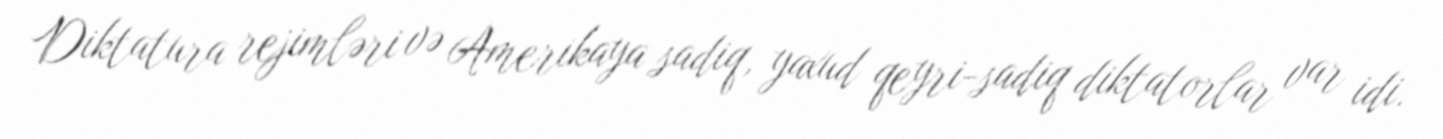
Diktatura rejimləri və Amerikaya sadiq, yaxud qeyri-sadiq diktatorlar var idi.